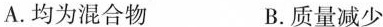
A.均为混合物 B.质量减少